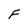
Character: F